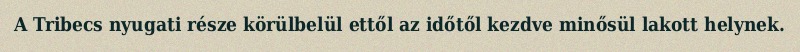
A Tribecs nyugati része körülbelül ettől az időtől kezdve minősül lakott helynek.